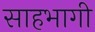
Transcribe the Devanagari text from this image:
साहभागी